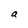
Character: a